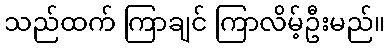
သည်ထက် ကြာချင် ကြာလိမ့်ဦးမည်။